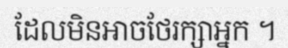
ដែលមិនអាចថែរក្សាអ្នក ។